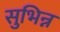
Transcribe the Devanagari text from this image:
सुभिन्न